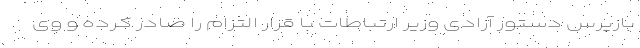
بازپرس دستور آزادی وزیر ارتباطات با قرار التزام را صادر کرده و وی